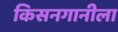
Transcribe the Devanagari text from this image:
किसनगानीला